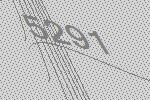
5291